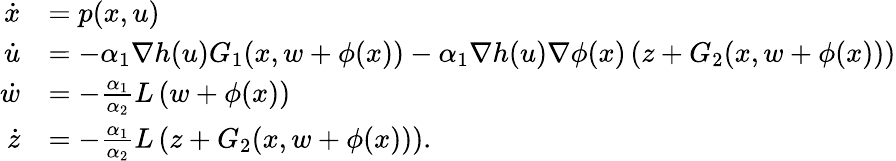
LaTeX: \begin{array}{rl}{\dot{x}}&{=p(x,u)}\\ {\dot{u}}&{=-\alpha_{1}\nabla h(u)G_{1}(x,w+\phi(x))-\alpha_{1}\nabla h(u)\nabla\phi(x)\left(z+G_{2}(x,w+\phi(x))\right)}\\ {\dot{w}}&{=-\frac{\alpha_{1}}{\alpha_{2}}L\left(w+\phi(x)\right)}\\ {\dot{z}}&{=-\frac{\alpha_{1}}{\alpha_{2}}L\left(z+G_{2}(x,w+\phi(x))\right).}\end{array}